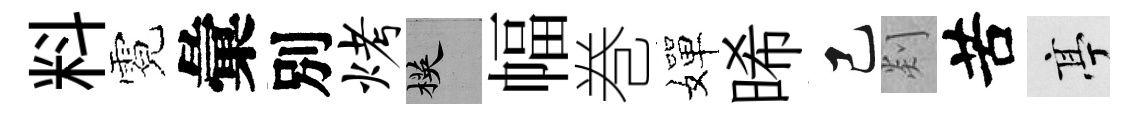
料霓彙別烤楧幅巻嬋晞己剡苦亭